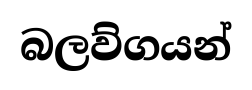
බලව්ගයන්